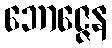
ဘောဇ္ဇေန